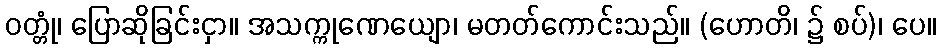
ဝတ္တုံ၊ ပြောဆိုခြင်းငှာ။ အသက္ကုဏေယျော၊ မတတ်ကောင်းသည်။ (ဟောတိ၊ ၌ စပ်)၊ ပေ။